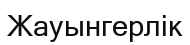
Жауынгерлік